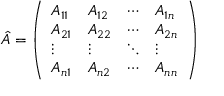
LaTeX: { \hat { A } } = { \left( \begin{array} { l l l l } { A _ { 1 1 } } & { A _ { 1 2 } } & { \cdots } & { A _ { 1 n } } \\ { A _ { 2 1 } } & { A _ { 2 2 } } & { \cdots } & { A _ { 2 n } } \\ { \vdots } & { \vdots } & { \ddots } & { \vdots } \\ { A _ { n 1 } } & { A _ { n 2 } } & { \cdots } & { A _ { n n } } \end{array} \right) }